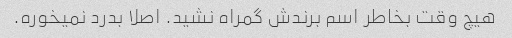
هیچ وقت بخاطر اسم برندش گمراه نشید. اصلا بدرد نمیخوره.